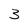
Character: 3